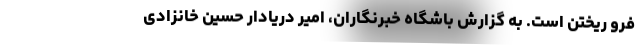
فرو ریختن است. به گزارش باشگاه خبرنگاران، امیر دریادار حسین خانزادی